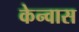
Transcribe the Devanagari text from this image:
केन्वास